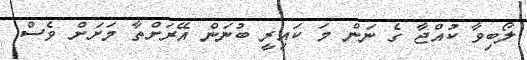
ލޯބިވާ ކުއްޖާ ގެ ނަން މަ ކައިރީ ބުނަން އޭރަށްތާ މަށަށް ވެސް